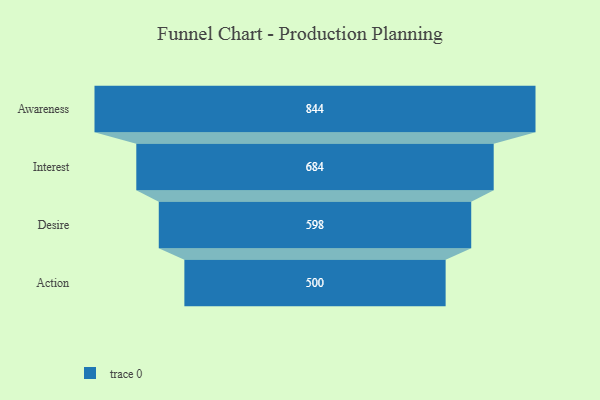
{"axis": {"x": "Stage", "y": "Value"}, "legend": [""], "data": [{"x": "Awareness", "y": 844.0, "type": ""}, {"x": "Interest", "y": 684.0, "type": ""}, {"x": "Desire", "y": 598.0, "type": ""}, {"x": "Action", "y": 500, "type": ""}]}